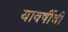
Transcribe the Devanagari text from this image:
यावर्षीची